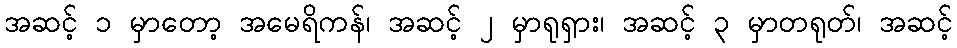
အဆင့် ၁ မှာတော့ အမေရိကန်၊ အဆင့် ၂ မှာရုရှား၊ အဆင့် ၃ မှာတရုတ်၊ အဆင့်